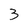
Character: 3